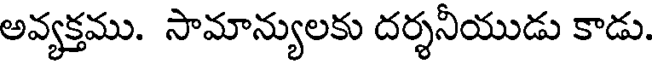
అవ్యక్తము. సామాన్యులకు దర్శనీయుడు కాడు.